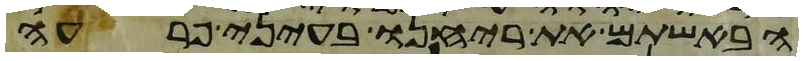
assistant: הבאשתם את ריחנו בעיני פרעה